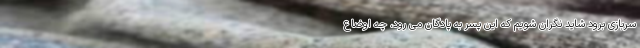
سربازی برود شاید نگران شویم که این پسر به پادگان می رود، چه اوضاع